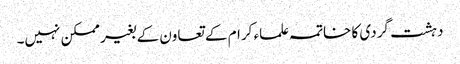
دہشت گردی کا خاتمہ علماء کرام کے تعاون کے بغیر ممکن نہیں۔